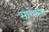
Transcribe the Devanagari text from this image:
साधारम